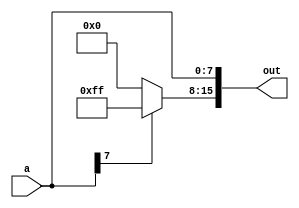
module sign_extender(input [7:0] a, output[15:0] out);
  wire [7:0] sign;
  assign sign = (a[7] == 1'b1) ? 8'b11111111 : 1'b0;
  assign out = {sign, a};
endmodule